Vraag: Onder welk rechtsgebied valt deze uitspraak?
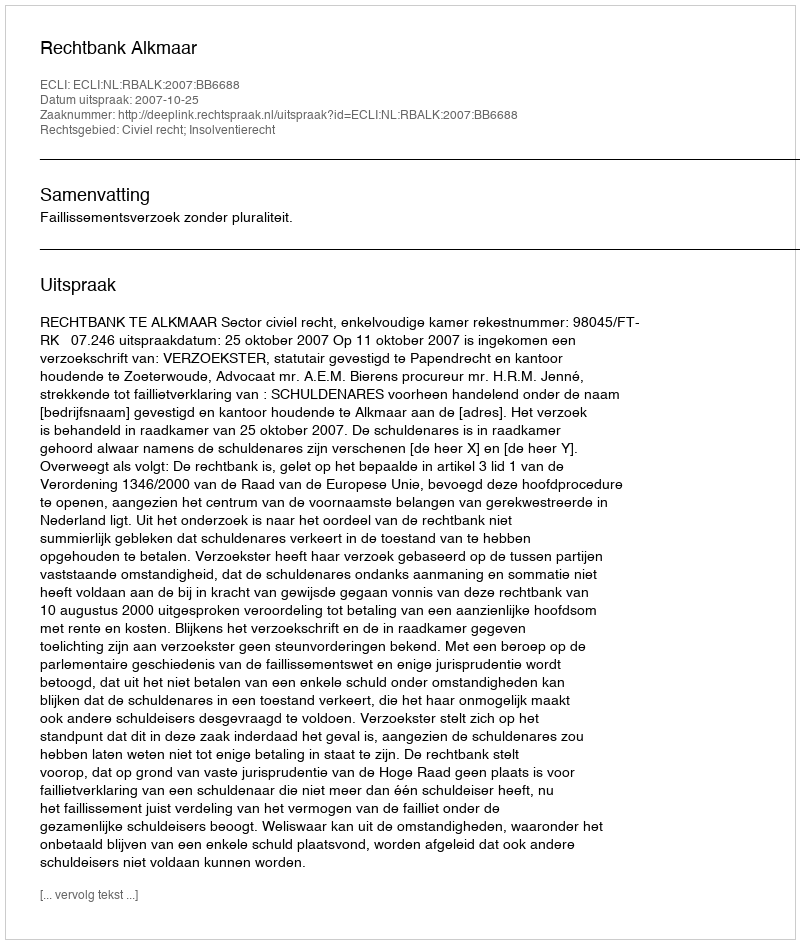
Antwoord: Civiel recht; Insolventierecht